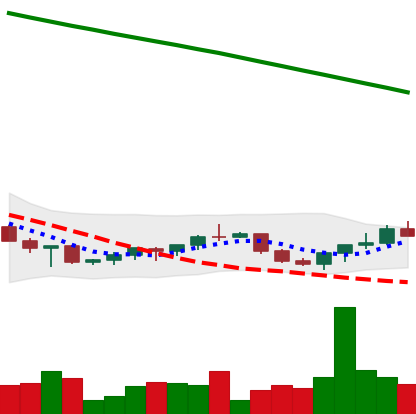
Ticker: XRP-USD
Chart end date: 2022-07-17
Forward return: 4.424%
Label: up_3_5